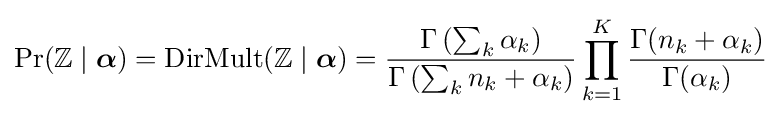
\Pr(\mathbb {Z} \mid {\boldsymbol {\alpha }})=\operatorname {DirMult} (\mathbb {Z} \mid {\boldsymbol {\alpha }})={\frac {\Gamma \left(\sum _{k}\alpha _{k}\right)}{\Gamma \left(\sum _{k}n_{k}+\alpha _{k}\right)}}\prod _{k=1}^{K}{\frac {\Gamma (n_{k}+\alpha _{k})}{\Gamma (\alpha _{k})}}